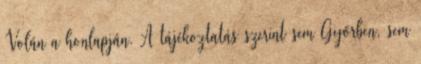
Volán a honlapján. A tájékoztatás szerint sem Győrben, sem